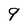
Character: 9